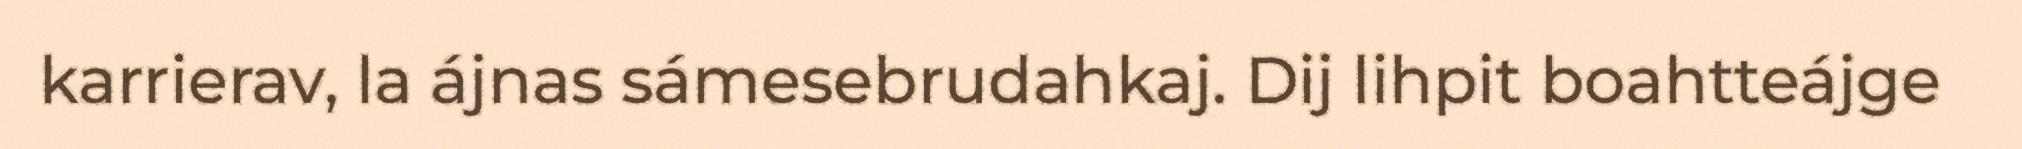
karrierav, la ájnas sámesebrudahkaj. Dij lihpit boahtteájge